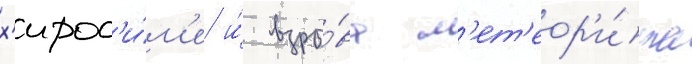
х'ирос'и́м'е и́ взры́ва м'ет'еор'и́та